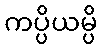
ကပ္ပိယမ္ပိ